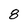
Character: 8